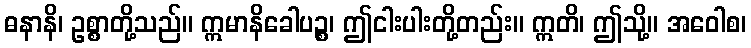
ဓနာနိ၊ ဥစ္စာတို့သည်။ ဣမာနိခေါပဉ္စ၊ ဤငါးပါးတို့တည်း။ ဣတိ၊ ဤသို့။ အဝေါစ၊